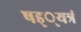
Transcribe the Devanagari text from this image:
षड््यत्रं